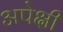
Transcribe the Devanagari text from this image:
अपेक्षी